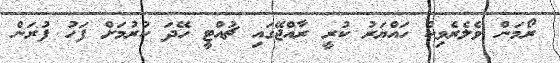
ރޯމަން ވެލެރެވިކް ހައްޔަރު ކުރީ ރާއްޖޭގައި ޗުއްޓީ ހޭދަ ކުރުމަށް ފަހު ފުރަން